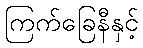
ကြက်ခြေနီနှင့်